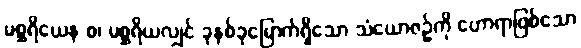
မစ္ဆရိယေန စ၊ မစ္ဆရိယလျှင် ခုနစ်ခုမြောက်ရှိသော သံယောဇဉ်ကို ဟောရာဖြစ်သော